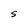
Character: S